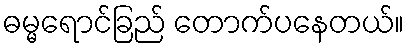
ဓမ္မရောင်ခြည် တောက်ပနေတယ်။